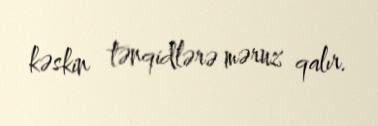
kəskin tənqidlərə məruz qalır.